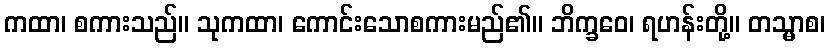
ကထာ၊ စကားသည်။ သုကထာ၊ ကောင်းသောစကားမည်၏။ ဘိက္ခဝေ၊ ရဟန်းတို့။ တသ္မာစ၊